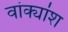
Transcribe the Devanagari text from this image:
वांक्यांश